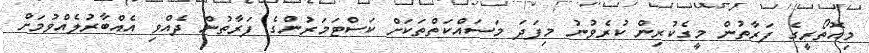
މިއޮތޯރީގެ ފަރާތުން މީގެކުރިން ކުރެވުނު މިފަދަ މަސައްކަތްތަކަށް ކަސްޓަމަރުންގެ ފަރާތުން ދެއްވި އެއްބާރުލެއްވުމަށް